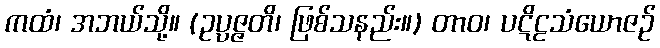
ကထံ၊ အဘယ်သို့။ (ဥပ္ပဇ္ဇတိ၊ ဖြစ်သနည်း။) တာဝ၊ ပဋိဠသံယောဇဉ်